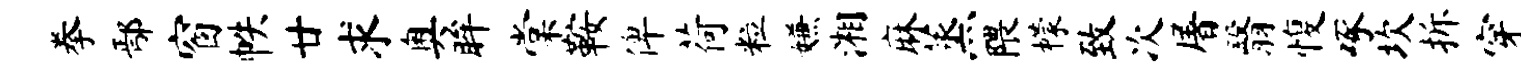
拳鄢窗帙廿求奥眸棠鞍俾荷粒嫌湘麻蒸隈檬致次屠翳愎啄坎拆穿